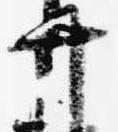
弁